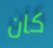
كان